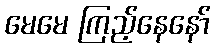
မေမေ ကြည့်နေနော်